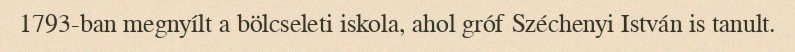
1793-ban megnyílt a bölcseleti iskola, ahol gróf Széchenyi István is tanult.